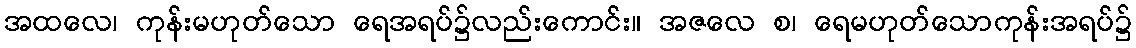
အထလေ၊ ကုန်းမဟုတ်သော ရေအရပ်၌လည်းကောင်း။ အဇလေ စ၊ ရေမဟုတ်သောကုန်းအရပ်၌